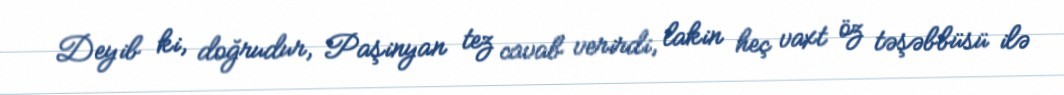
Deyib ki, doğrudur, Paşinyan tez cavab verirdi, lakin heç vaxt öz təşəbbüsü ilə